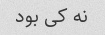
نه کی بود